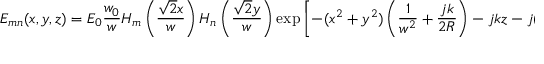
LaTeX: E _ { m n } ( x , y , z ) = E _ { 0 } { \frac { w _ { 0 } } { w } } H _ { m } \left( { \frac { { \sqrt { 2 } } x } { w } } \right) H _ { n } \left( { \frac { { \sqrt { 2 } } y } { w } } \right) \exp \left[ - ( x ^ { 2 } + y ^ { 2 } ) \left( { \frac { 1 } { w ^ { 2 } } } + { \frac { j k } { 2 R } } \right) - j k z - j ( m + n + 1 ) \zeta \right]